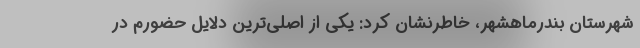
شهرستان بندرماهشهر، خاطرنشان کرد: یکی از اصلی‌ترین دلایل حضورم در